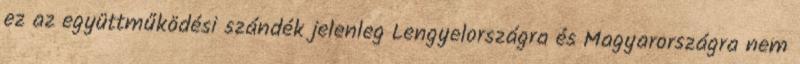
ez az együttműködési szándék jelenleg Lengyelországra és Magyarországra nem